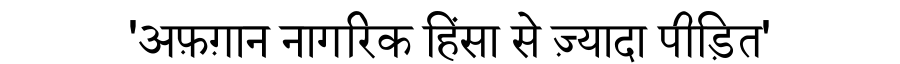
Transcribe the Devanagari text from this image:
'अफ़ग़ान नागरिक हिंसा से ज़्यादा पीड़ित'